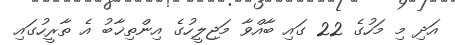
އަދި މި މަހުގެ 22 ގައި ބާއްވާ މަޖިލީހުގެ އިންތިޚާބު އެ ތާރީހުގައި